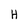
Character: H